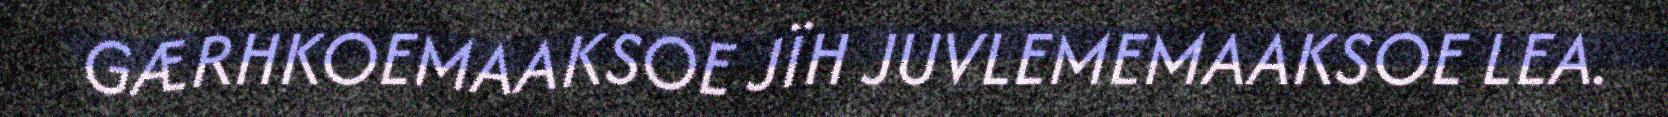
GÆRHKOEMAAKSOE JÏH JUVLEMEMAAKSOE LEA.